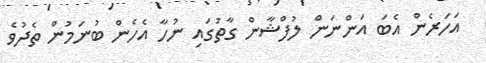
އަހަރެން އެބަ އަންނަން ލުފްޝާން ގާތުގައި ނުހާ އެހެން ބުނަމުން ތެދުވެ